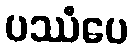
ပဿံပေ